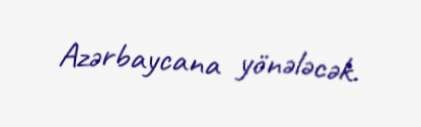
Azərbaycana yönələcək.